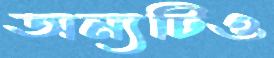
অন্যটিও